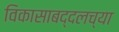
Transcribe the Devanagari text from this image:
विकासाबद्दलच्या